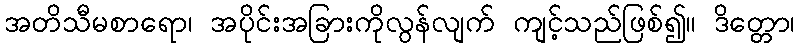
အတိသီမစာရော၊ အပိုင်းအခြားကိုလွန်လျက် ကျင့်သည်ဖြစ်၍။ ဒိတ္တော၊